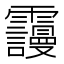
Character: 𲊒